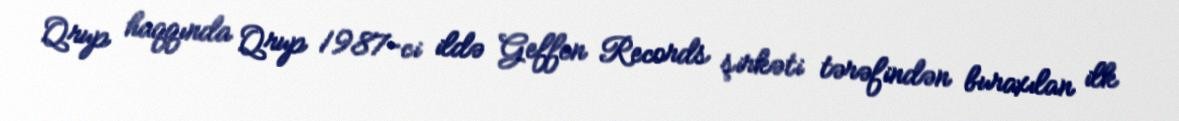
Qrup haqqında Qrup 1987-ci ildə Geffen Records şirkəti tərəfindən buraxılan ilk